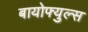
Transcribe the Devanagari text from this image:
बायोफ्युल्स